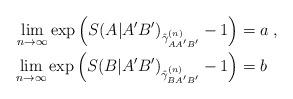
LaTeX: \begin{align*}\lim_{n\to\infty}\exp\left(S(A|A'B')_{\hat{\gamma}_{AA'B'}^{(n)}}-1\right) &= a\;,\\\lim_{n\to\infty}\exp\left(S(B|A'B')_{\hat{\gamma}_{BA'B'}^{(n)}}-1\right) &= b\end{align*}